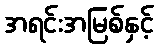
အရင်းအမြစ်နှင့်